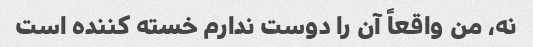
نه، من واقعاً آن را دوست ندارم خسته کننده است